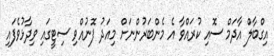
އިގްބާލް އާދަމް ސޮއި ކުރައްވާ އެ މެންބަރުންނަށް މިއަދު ފޮނުއްވި ސިޓީގައި ވިދާޅުވެފައި